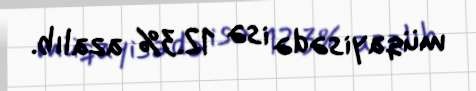
müqayisədə isə 12.3% azalıb.